Report on the working of the Ranchi Indian Mental Hospital, Kanke, in Bihar and Orissa - 1930-1940
Year: 1930
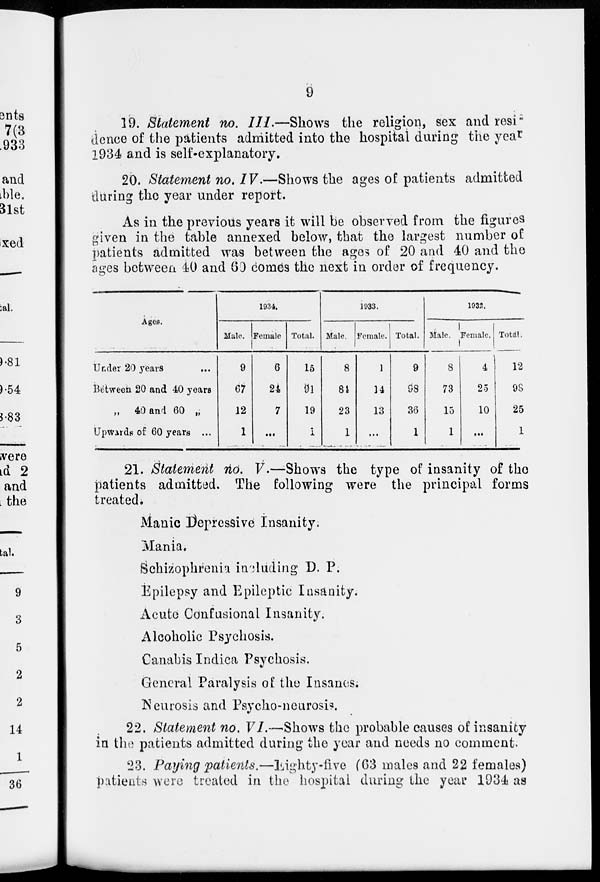
9
19. Statement no. III.—Shows the religion, sex and resi¬
dence of the patients admitted into the hospital during the year
1934 and is self-explanatory,
20. Statement no. IV.—Shows the ages of patients admitted
during the year under report.
As in the previous years it will be observed from the figures
given in the table annexed below, that the largest number of
patients admitted was between the ages of 20 and 40 and the
ages between 40 and 60 comes the next in order of frequency.
Ages.
Under 20 years ...
Between 20 and 40 years
„ 40 and 60 „
Upwards of 60 years ...
1934.
Male.
9
67
12
1
Female
6
24
7
...
Total.
15
91
19
1
1033.
Male.
8
81
23
1
Female.
1
14
13
...
Total.
9
38
36
1
1932.
Male.
8
73
15
1
Female.
4
25
10
...
Total,
12
98
25
1
21. Statement no. V.—-Shows the type of insanity of the
patients admitted. The following were the principal forms
treated.
Manic Depressive Insanity.
Mania.
Schizophrenia including D. P.
Epilepsy and Epileptic Insanity.
Acute Confusional Insanity.
Alcoholic Psychosis.
Canabis Indica Psychosis.
General Paralysis of the Insanes.
Neurosis and Psycho-neurosis.
22. Statement no. VI.—-Shows the probable causes of insanity
in the patients admitted during the year and needs no comment.
23. Paying patients.—Eighty-five (63 males and 22 females)
patients were treated in the hospital during the year 1934 as